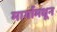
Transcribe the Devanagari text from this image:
मार्गामधून